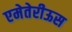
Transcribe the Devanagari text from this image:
एमेतेरीऊस